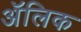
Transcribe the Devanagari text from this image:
अॅलिक